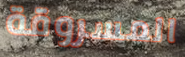
المسروقة